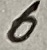
Text: 6